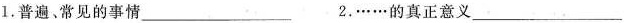
1.普遍。常见的事情___ 2.……的真正意义___